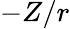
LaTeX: -Z/r